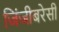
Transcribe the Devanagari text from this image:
जिंजीबरेसी